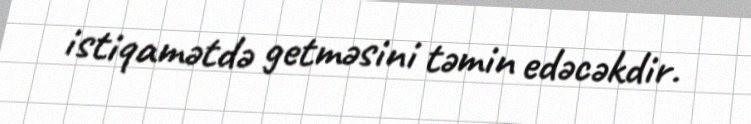
istiqamətdə getməsini təmin edəcəkdir.